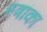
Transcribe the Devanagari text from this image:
स्त्रांका